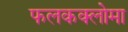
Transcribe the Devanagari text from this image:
फलकक्लोमा